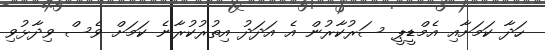
ހަދާ ކަމަށާއި އެމްޑީޕީ ސަރުކާރުން އެ އަދަދު އިތުރުކުރާނެ ކަމަށް ވެސް ވިދާޅުވި